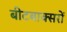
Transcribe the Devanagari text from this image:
बीटबाक्सरों